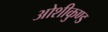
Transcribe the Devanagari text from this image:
ओशीकुण्ड